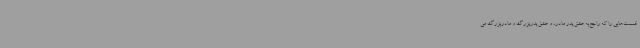
قسمت‌هایی را که راجع‌به عشق پدر مادر، و عشق پدربزرگ و مادربزرگ می